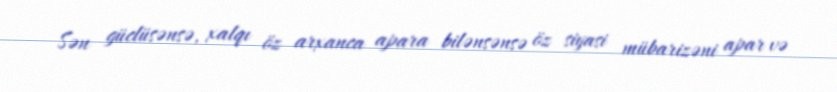
Sən güclüsənsə, xalqı öz arxanca apara bilənsənsə öz siyasi mübarizəni apar və